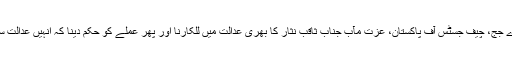
جب ان کے ساتھ ملک کی سب سے بڑی عدالت کے سب سے بڑے جج، چیف جسٹس آف پاکستان، عزت مآب جناب ثاقب نثار کا بھری عدالت میں للکارنا اور پھر عملے کو حکم دینا کہ انہیں عدالت سے باہر نکال دیا جائے ہم سب پر بجلی گر جانے کے مترادف رہا۔